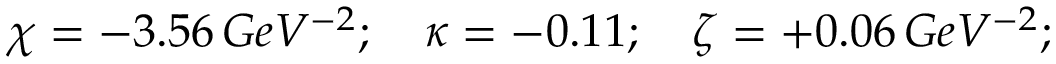
\chi = - 3 . 5 6 \, G e V ^ { - 2 } ; \quad \kappa = - 0 . 1 1 ; \quad \zeta = + 0 . 0 6 \, G e V ^ { - 2 } ;